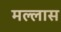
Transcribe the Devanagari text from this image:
मल्लास